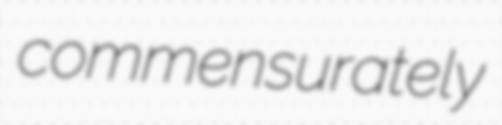
commensurately